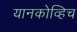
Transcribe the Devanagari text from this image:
यानकोव्हिच